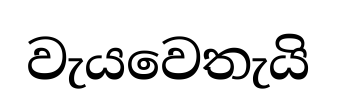
වැයවෙතැයි